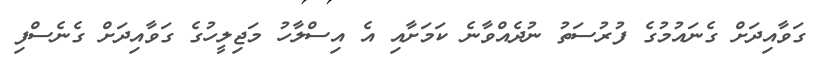
ގަވާއިދަށް ގެނައުމުގެ ފުރުސަތު ނުދެއްވާނެ ކަމަށާއި އެ އިސްލާހު މަޖިލީހުގެ ގަވާއިދަށް ގެނެސްފި